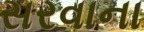
સરવાના